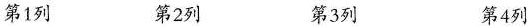
第1列 第2列 第3列 第4列